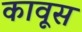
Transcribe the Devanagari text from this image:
कावूस